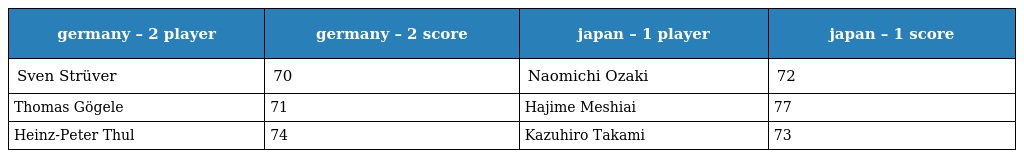
| germany – 2 player | germany – 2 score | japan – 1 player | japan – 1 score |
 | --- | --- | --- | --- |
 | Sven Strüver | 70 | Naomichi Ozaki | 72 |
 | Thomas Gögele | 71 | Hajime Meshiai | 77 |
 | Heinz-Peter Thul | 74 | Kazuhiro Takami | 73 |